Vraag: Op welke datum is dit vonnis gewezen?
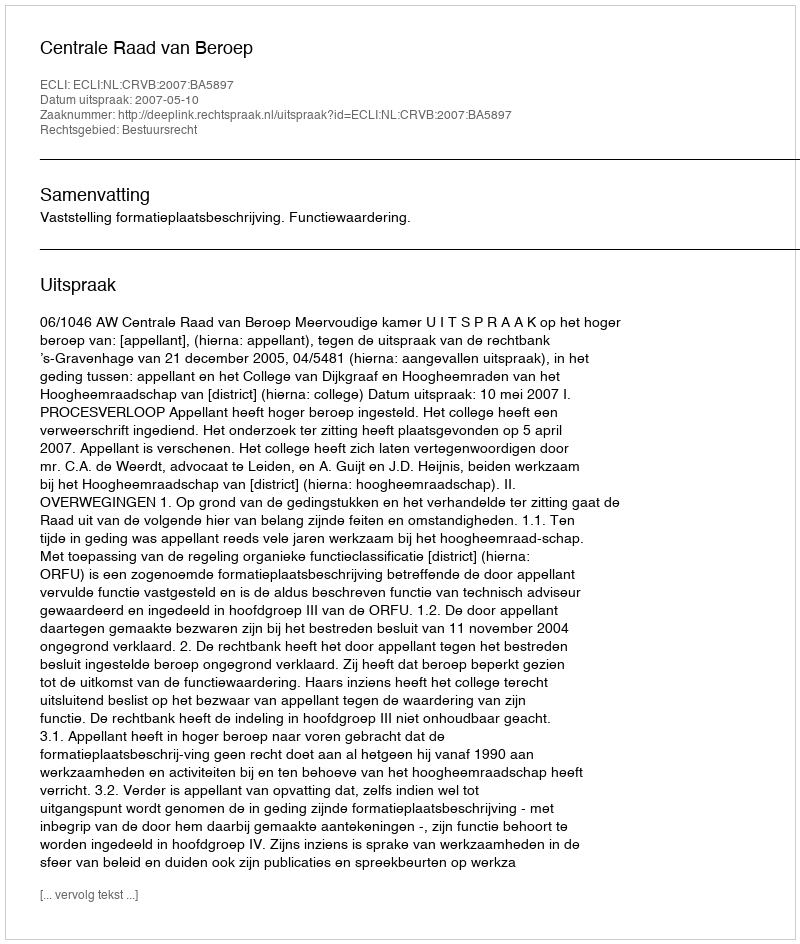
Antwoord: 2007-05-10